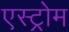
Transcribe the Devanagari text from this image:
एस्ट्रोम